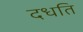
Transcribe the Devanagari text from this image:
दधति